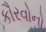
કૌરવોનો